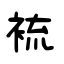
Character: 裗